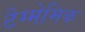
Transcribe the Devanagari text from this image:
टैग्मेमिक